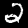
Digit: 2